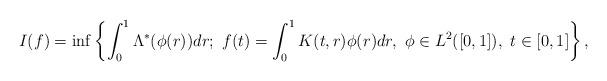
LaTeX: \begin{align*}I(f)=\inf\left\{\int^{1}_{0}\Lambda^{*}(\phi(r))dr; ~f(t)=\int^{1}_{0}K(t,r)\phi(r)dr,~\phi\in L^2([0,1]),~t\in[0,1]\right\},\end{align*}